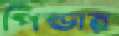
পিন্ডার